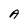
Character: A